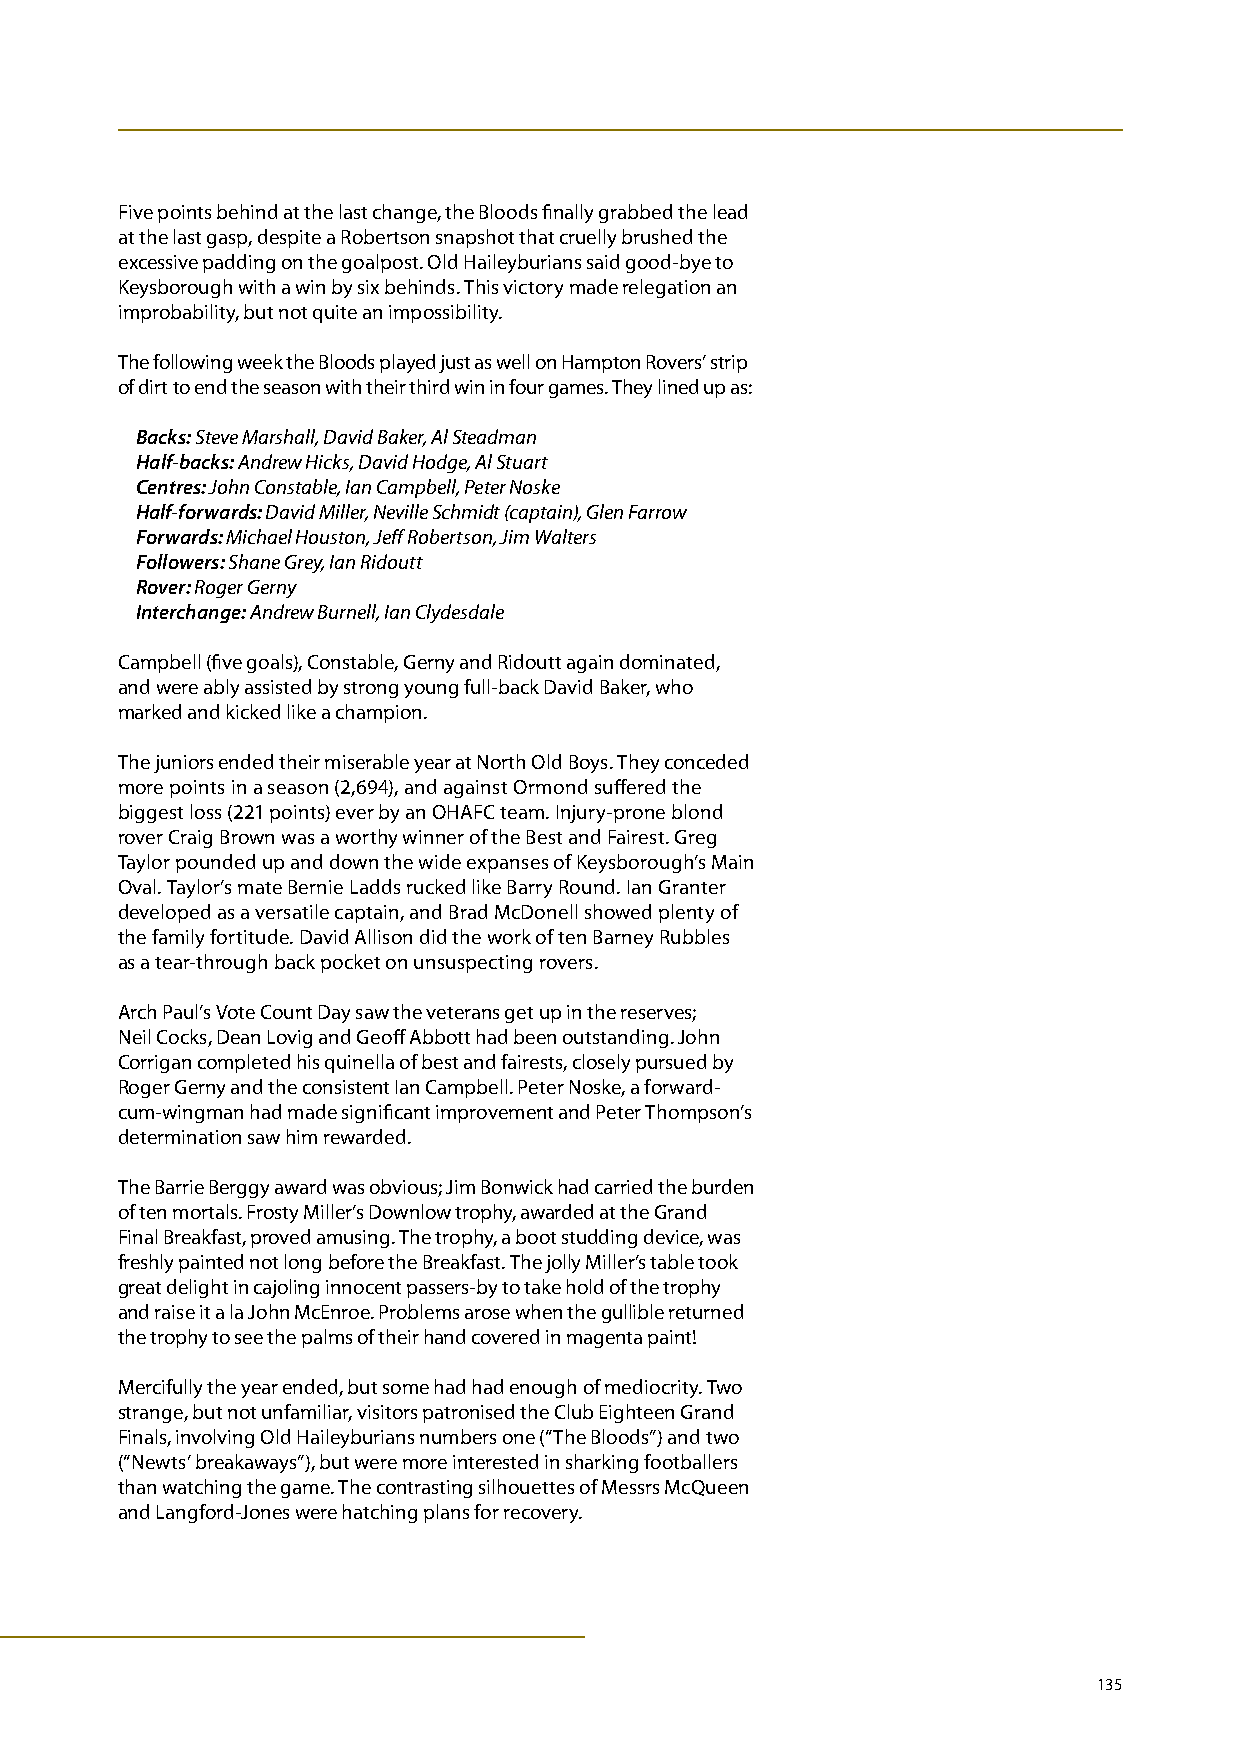
Five points behind at the last change, the Bloods finally grabbed the lead
 at the last gasp, despite a Robertson snapshot that cruelly brushed the
 excessive padding on the goalpost. Old Haileyburians said good-bye to
 Keysborough with a win by six behinds. This victory made relegation an
 improbability, but not quite an impossibility.
 The following week the Bloods played just as well on Hampton Rovers’ strip
 of dirt to end the season with their third win in four games. They lined up as:
 Backs: Steve Marshall, David Baker, Al Steadman
 Half-backs: Andrew Hicks, David Hodge, Al Stuart
 Centres: John Constable, Ian Campbell, Peter Noske
 Half-forwards: David Miller, Neville Schmidt (captain), Glen Farrow
 Forwards: Michael Houston, Jeff Robertson, Jim Walters
 Followers: Shane Grey, Ian Ridoutt
 Rover: Roger Gerny
 Interchange: Andrew Burnell, Ian Clydesdale
 Campbell (five goals), Constable, Gerny and Ridoutt again dominated,
 and were ably assisted by strong young full-back David Baker, who
 marked and kicked like a champion.
 The juniors ended their miserable year at North Old Boys. They conceded
 more points in a season (2,694), and against Ormond suffered the
 biggest loss (221 points) ever by an OHAFC team. Injury-prone blond
 rover Craig Brown was a worthy winner of the Best and Fairest. Greg
 Taylor pounded up and down the wide expanses of Keysborough’s Main
 Oval. Taylor’s mate Bernie Ladds rucked like Barry Round. Ian Granter
 developed as a versatile captain, and Brad McDonell showed plenty of
 the family fortitude. David Allison did the work of ten Barney Rubbles
 as a tear-through back pocket on unsuspecting rovers.
 Arch Paul’s Vote Count Day saw the veterans get up in the reserves;
 Neil Cocks, Dean Lovig and Geoff Abbott had been outstanding. John
 Corrigan completed his quinella of best and fairests, closely pursued by
 Roger Gerny and the consistent Ian Campbell. Peter Noske, a forward-
 cum-wingman had made significant improvement and Peter Thompson’s
 determination saw him rewarded.
 The Barrie Berggy award was obvious; Jim Bonwick had carried the burden
 of ten mortals. Frosty Miller’s Downlow trophy, awarded at the Grand
 Final Breakfast, proved amusing. The trophy, a boot studding device, was
 freshly painted not long before the Breakfast. The jolly Miller’s table took
 great delight in cajoling innocent passers-by to take hold of the trophy
 and raise it a la John McEnroe. Problems arose when the gullible returned
 the trophy to see the palms of their hand covered in magenta paint!
 Mercifully the year ended, but some had had enough of mediocrity. Two
 strange, but not unfamiliar, visitors patronised the Club Eighteen Grand
 Finals, involving Old Haileyburians numbers one (“The Bloods”) and two
 (“Newts’ breakaways”), but were more interested in sharking footballers
 than watching the game. The contrasting silhouettes of Messrs McQueen
 and Langford-Jones were hatching plans for recovery.
 135